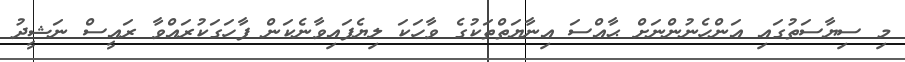
މި ސިޔާސަތުގައި އަންހެނުންނަށް ޙާއްސަ އިނާޔަތްތަކުގެ ވާހަކަ ލިޔެފައިވާނެކަން ފާހަގަކުރައްވާ ރައީސް ނަޝީދު